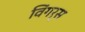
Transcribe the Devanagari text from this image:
विंगर्स